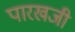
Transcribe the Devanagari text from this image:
पारखजी